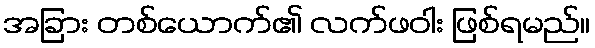
အခြား တစ်ယောက်၏ လက်ဖဝါး ဖြစ်ရမည်။